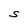
Character: S